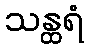
သန္ထရံ